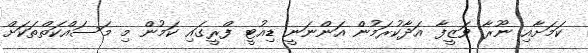
ކަމަށާއި ނޫރާ ވަޒީފާ އަދާކުރަމުން އަންނަނީ ޑިއުޓީ ފްރީގައި ކަމުން މި މަސައްކަތްތަކަށް